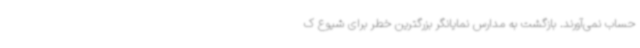
حساب نمی‌آورند. بازگشت به مدارس نمایانگر بزرگترین خطر برای شیوع ک